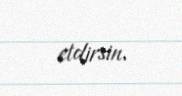
etdirsin.